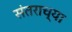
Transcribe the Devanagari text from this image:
संतराच्या